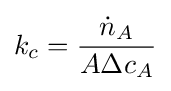
k_{c}={\frac {{\dot {n}}_{A}}{A\Delta c_{A}}}